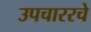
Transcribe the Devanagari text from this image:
उपचाररचे